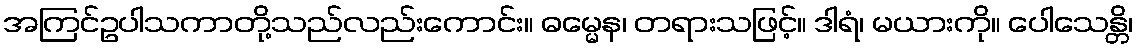
အကြင်ဥပါသကာတို့သည်လည်းကောင်း။ ဓမ္မေန၊ တရားသဖြင့်။ ဒါရံ၊ မယားကို။ ပေါသေန္တိ၊